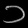
Digit: ၁